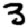
Digit: 3